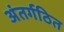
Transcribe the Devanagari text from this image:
अंतर्गठित